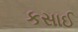
કસાઈ